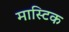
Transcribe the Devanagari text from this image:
मास्टिक